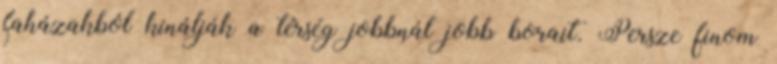
faházakból kínálják a térség jobbnál jobb borait. Persze finom